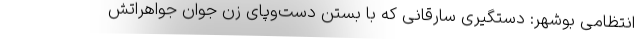
انتظامی بوشهر: دستگیری سارقانی که با بستن دست‌وپای زن جوان جواهراتش